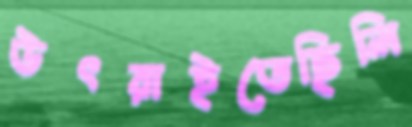
উৎরাইতেছিলি